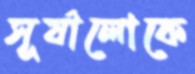
সূর্যালোকে